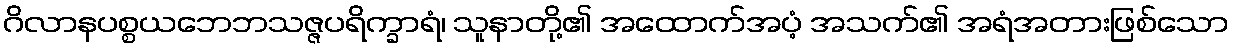
ဂိလာနပစ္စယဘေဘသဇ္ဇပရိက္ခာရံ၊ သူနာတို့၏ အထောက်အပံ့ အသက်၏ အရံအတားဖြစ်သော